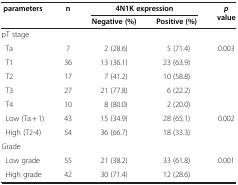
| <ROWSPAN=2> parameters | <ROWSPAN=2> n | <COLSPAN=2> 4N1K expression | <ROWSPAN=2> pvalue |
 | Negative (%) | Positive (%) |
 | --- | --- | --- | --- | --- |
 | pT stage |  |  |  |  |
 | Ta | 7 | 2 (28.6) | 5 (71.4) | 0.003 |
 | T1 | 36 | 13 (36.1) | 23 (63.9) |  |
 | T2 | 17 | 7 (41.2) | 10 (58.8) |  |
 | T3 | 27 | 21 (77.8) | 6 (22.2) |  |
 | T4 | 10 | 8 (80.0) | 2 (20.0) |  |
 | Low (Ta + 1) | 43 | 15 (34.9) | 28 (65.1) | 0.002 |
 | High (T2-4) | 54 | 36 (66.7) | 18 (33.3) |  |
 | Grade |  |  |  |  |
 | Low grade | 55 | 21 (38.2) | 33 (61.8) | 0.001 |
 | High grade | 42 | 30 (71.4) | 12 (28.6) |  |